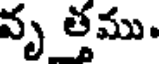
వృ త్తము.